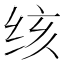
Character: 𰬓